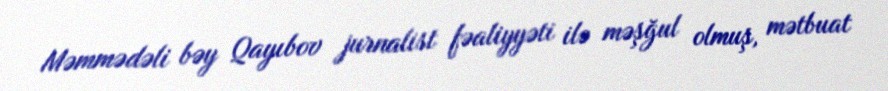
Məmmədəli bəy Qayıbov jurnalist fəaliyyəti ilə məşğul olmuş, mətbuat